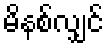
မိနစ်လျှင်